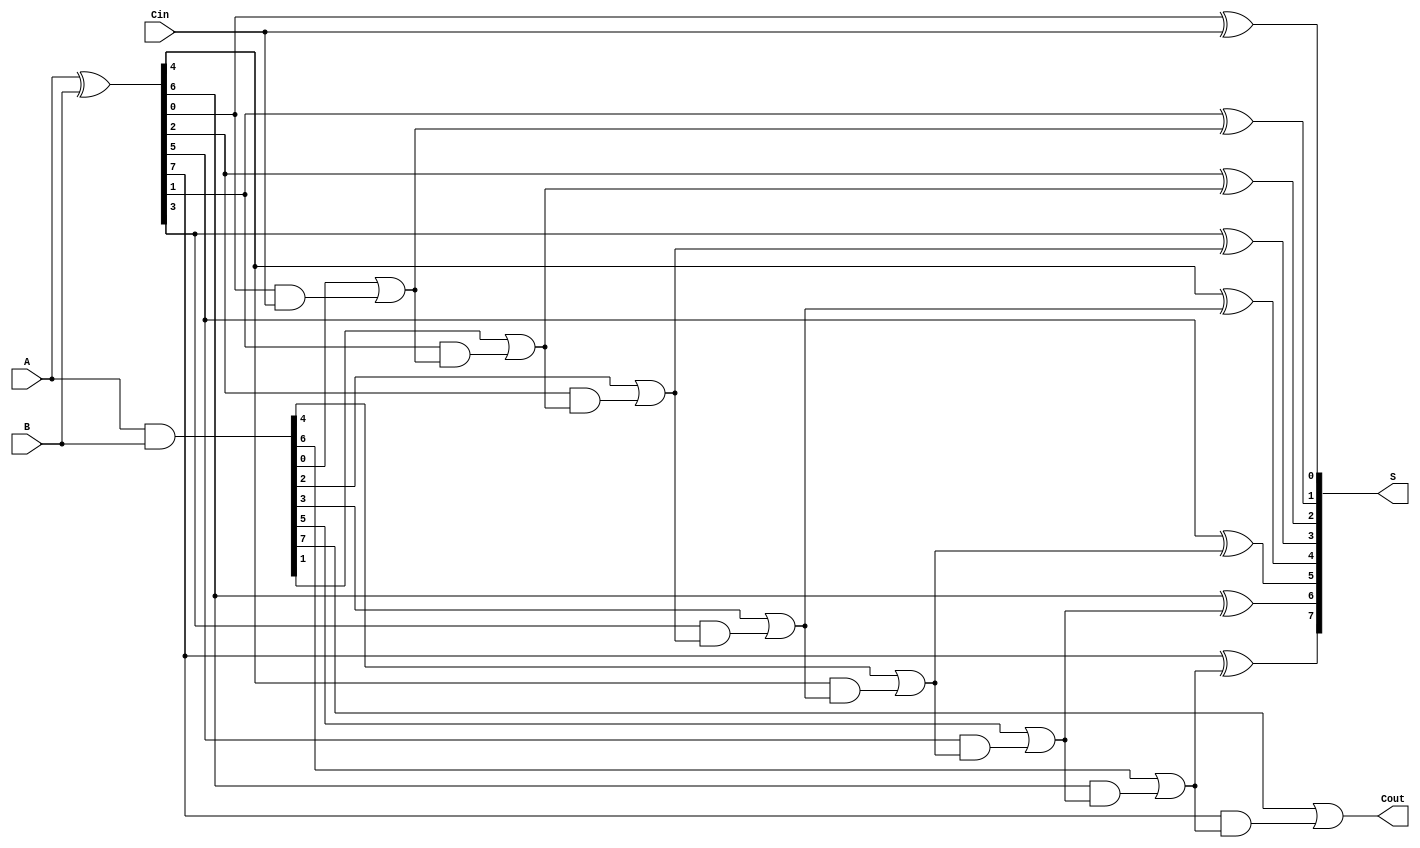
module SklanskyAdder #(parameter n = 8) (
    input [n-1:0] A,      // First operand
    input [n-1:0] B,      // Second operand
    input Cin,            // Carry-in
    output [n-1:0] S,     // Sum output
    output Cout           // Carry-out
);

    // Generate and Propagate signals
    wire [n-1:0] G; // Generate
    wire [n-1:0] P; // Propagate
    wire [n:0] C;    // Carry signals (C[0] = Cin)

    // Generate and Propagate calculations
    assign G = A & B;          // Generate
    assign P = A ^ B;          // Propagate
    assign C[0] = Cin;         // Initial carry-in

    // Level 1: Calculate carries for pairs of bits
    genvar i;
    generate
        for (i = 0; i < n-1; i = i + 2) begin : level1
            assign C[i+1] = G[i] | (P[i] & C[i]);
            assign C[i+2] = G[i+1] | (P[i+1] & C[i+1]);
        end
    endgenerate

    // Level 2: Calculate carries for groups of four bits
    generate
        for (i = 0; i < n-3; i = i + 4) begin : level2
            assign C[i+3] = G[i+2] | (P[i+2] & C[i+2]);
            assign C[i+4] = G[i+3] | (P[i+3] & C[i+3]);
        end
    endgenerate

    // Level 3: Calculate carries for groups of eight bits (if n >= 8)
    generate
        if (n >= 8) begin : level3
            assign C[7] = G[6] | (P[6] & C[6]);
            assign C[8] = G[7] | (P[7] & C[7]);
        end
    endgenerate

    // Final carry-out
    assign Cout = C[n];

    // Sum calculation
    generate
        for (i = 0; i < n; i = i + 1) begin : sum
            assign S[i] = P[i] ^ C[i]; // Sum calculation
        end
    endgenerate

endmodule